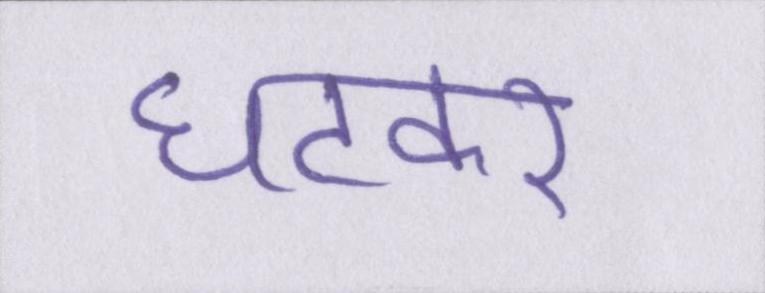
घटकर